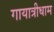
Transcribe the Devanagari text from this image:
गायात्रीधाम